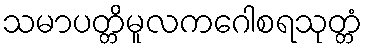
သမာပတ္တိမူလကဂေါစရသုတ္တံ